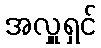
အလှူရှင်